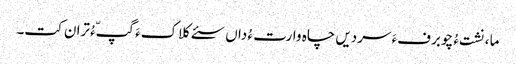
ما ،نشت ءُ چو برفءَ سردیں چاہ وارت ءُ داں سئے کلاکءَ گپّءُ تران کت۔